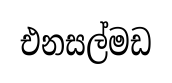
එනසල්මඩ